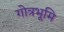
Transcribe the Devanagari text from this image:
गोत्रभूमि